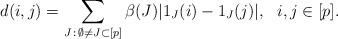
\begin{align*}d(i,j) = \sum_{J\, :\, \emptyset\not=J\subset [p]} \beta(J) | 1_{J}(i) - 1_{J}(j)|,\ \ i,j\in [p].\end{align*}